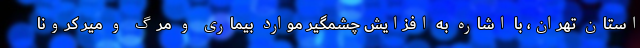
استان تهران، با اشاره به افزایش چشمگیر موارد بیماری و مرگ و میر کرونا